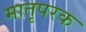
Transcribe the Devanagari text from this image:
मातृपरक